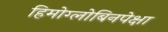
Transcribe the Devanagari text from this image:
हिमोग्लोबिनपेक्षा